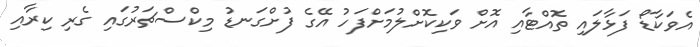
އެވަކާޑޯ ފަޅާލައި ތޮއްޓާއި އޮށް ވަކިކޮށްލުމަށްފަހު އޭގެ ފުށްގަނޑު މިކްސްޗަރުގައި ގެރި ކިރާއި